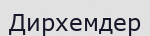
Дирхемдер